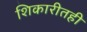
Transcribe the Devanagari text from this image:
शिकारीतही